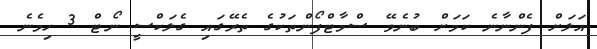
އަލަށް ފެންނާނެ ކަމަށް ބުނެވޭ ސްމާޓްފޯންތަކުގެ ތެރޭގައި ގެލަކްސީ ނޯޓް 3 ހިމެނެ